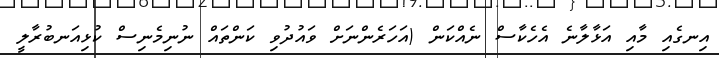
އިނގެއި މާއި އަޅާލާނެ އެހެކާސް ނެއްކަން (އަހަރެންނަށް ވައުދުވި ކަންތައް ނުނިމެނިސް ކުޅިއަނބުރާލީ